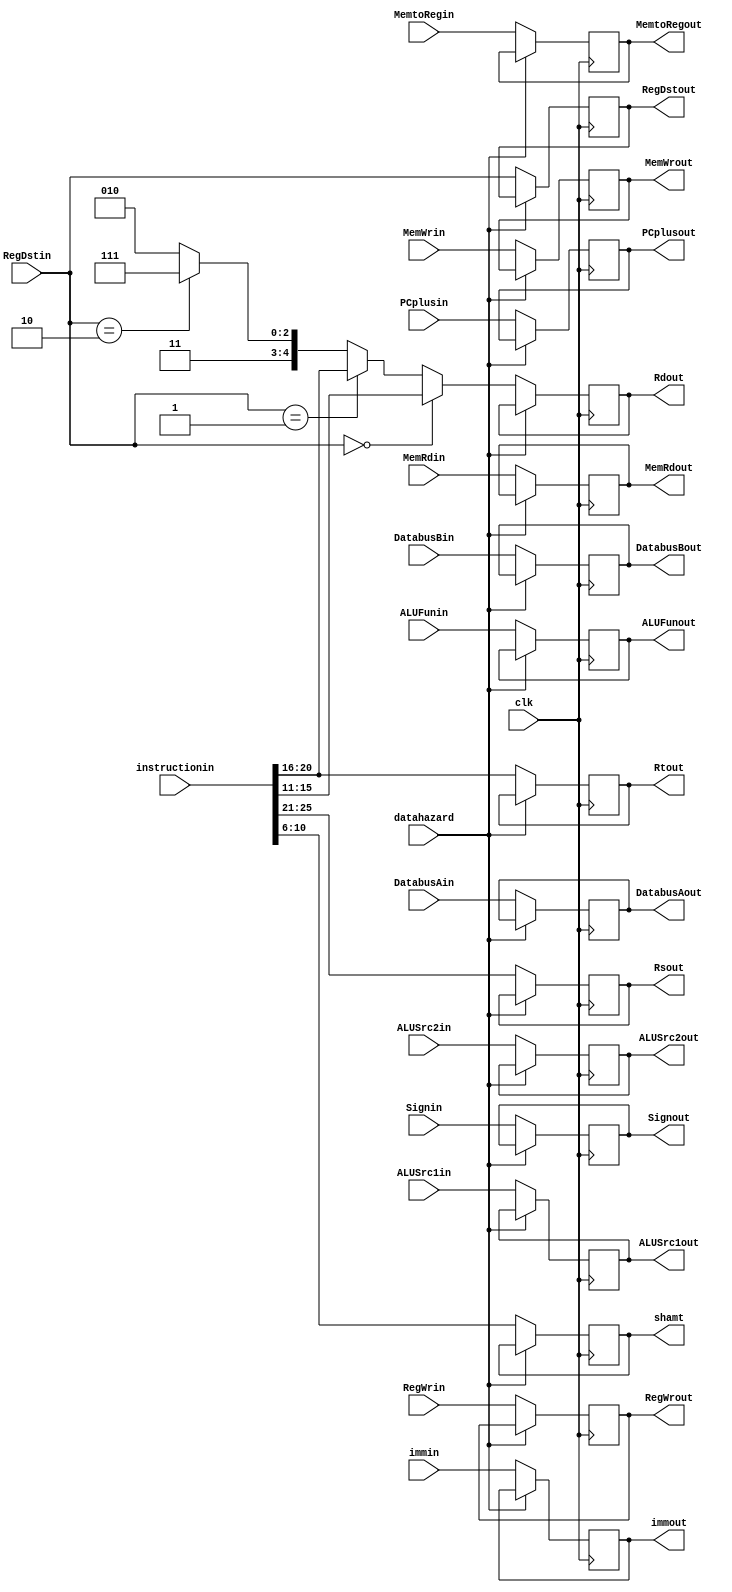
module IDEXreg(clk,instructionin,datahazard,DatabusAin,DatabusBin,immin,PCplusin,
RegDstin,RegWrin,ALUSrc1in,ALUSrc2in,ALUFunin,Signin,MemWrin,MemRdin,MemtoRegin,
RegDstout,RegWrout,ALUSrc1out,ALUSrc2out,ALUFunout,Signout,MemWrout,MemRdout,MemtoRegout,
shamt,Rsout,Rtout,Rdout,DatabusAout,DatabusBout,immout,PCplusout);
input clk;
input [31:0] instructionin;
input datahazard;
input [31:0] DatabusAin;
input [31:0] DatabusBin;
input [31:0] immin;
input [31:0] PCplusin;
input [1:0] RegDstin;
input RegWrin;
input ALUSrc1in;
input ALUSrc2in;
input [5:0] ALUFunin;
input Signin;
input MemWrin;
input MemRdin;
input [1:0] MemtoRegin;
output [1:0] RegDstout;
reg [1:0] RegDstout;
output RegWrout;
reg RegWrout;
output ALUSrc1out;
reg ALUSrc1out;
output ALUSrc2out;
reg ALUSrc2out;
output [5:0] ALUFunout;
reg [5:0] ALUFunout;
output Signout;
reg Signout;
output MemWrout;
reg MemWrout;
output MemRdout;
reg MemRdout;
output [1:0] MemtoRegout;
reg [1:0] MemtoRegout;
output [4:0] shamt;
reg [4:0] shamt;
output [4:0] Rsout;
reg [4:0] Rsout;
output [4:0] Rtout;
reg [4:0] Rtout;
output [4:0] Rdout;
reg [4:0] Rdout;
output [31:0] DatabusAout;
reg [31:0] DatabusAout;
output [31:0] DatabusBout;
reg [31:0] DatabusBout;
output [31:0] immout;
reg [31:0] immout;
output [31:0] PCplusout;
reg [31:0] PCplusout;
always @(posedge clk)
begin
  if(~datahazard)
  begin
    RegDstout <= RegDstin;
    RegWrout <= RegWrin;
    ALUSrc1out <= ALUSrc1in;
    ALUSrc2out <= ALUSrc2in;
    ALUFunout <= ALUFunin;
    Signout <= Signin;
    MemWrout <= MemWrin;
    MemRdout <= MemRdin;
    MemtoRegout <= MemtoRegin;
    shamt <= instructionin[10:6];
    Rsout <= instructionin[25:21];
    Rtout <= instructionin[20:16];
    if(RegDstin == 2'b00) Rdout <= instructionin[15:11];
    else if(RegDstin == 2'b01) Rdout <= instructionin[20:16];
    else if(RegDstin == 2'b10) Rdout <= 5'h1f;
    else Rdout <= 5'h1a;
    DatabusAout <= DatabusAin;
    DatabusBout <= DatabusBin;
    immout <= immin;
    PCplusout <= PCplusin;
  end
  else;
end
endmodule